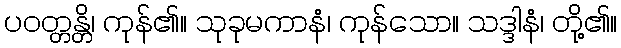
ပဝတ္တန္တိ၊ ကုန်၏။ သုခုမကာနံ၊ ကုန်သော။ သဒ္ဒါနံ၊ တို့၏။